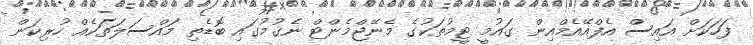
ފަހަކަށް އައިސް އެފްއޭއެމްއިން ގައުމީ ޓީމުތަކުގެ މެނޭޖްމެންޓް ނެގުމުގައި ބޮޑެތި މައްސަލަތަކެއް ހުރިކަން